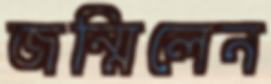
জন্মিলেন